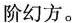
阶幻方。